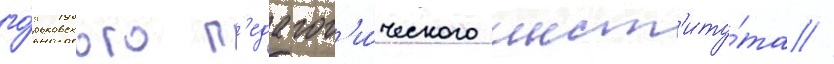
го́рьковского п'едагог'и́ческого инст'иту́та //